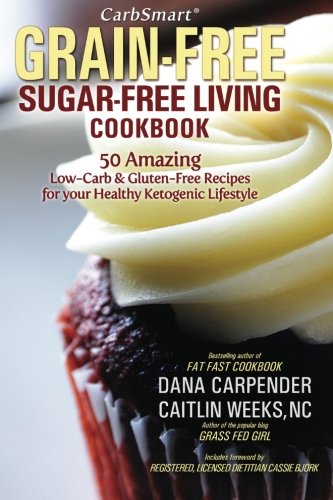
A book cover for CarbSmart Grain-Free, Sugar-Free Living Cookbook: 50 Amazing Low-Carb & Gluten-Free Recipes For Your Healthy Ketogenic Lifestyle; Dana Carpender; Cookbooks, Food & Wine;